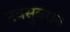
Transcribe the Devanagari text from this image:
नवसुंबरान